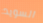
السويد